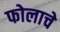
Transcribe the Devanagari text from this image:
फोलाचे